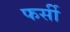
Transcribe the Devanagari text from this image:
फर्सी